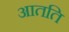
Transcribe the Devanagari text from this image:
आतति